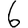
Digit: 6